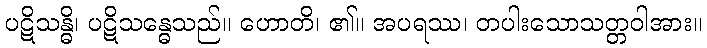
ပဋိသန္ဓိ၊ ပဋိသန္ဓေသည်။ ဟောတိ၊ ၏။ အပရဿ၊ တပါးသောသတ္တဝါအား။